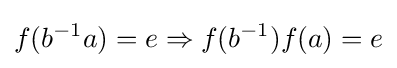
f(b^{-1}a)=e\Rightarrow f(b^{-1})f(a)=e